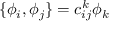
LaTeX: \{ \phi _ { i } , \phi _ { j } \} = c _ { i j } ^ { k } \phi _ { k }